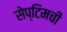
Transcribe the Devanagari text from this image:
सेप्टिमची